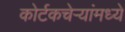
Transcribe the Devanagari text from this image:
कोर्टकचेर्‍यांमध्ये